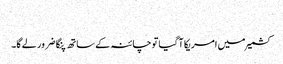
​
کشمیر میں امریکا آ گیا تو چائنہ کے ساتھ پنگا ضرور لے گا۔